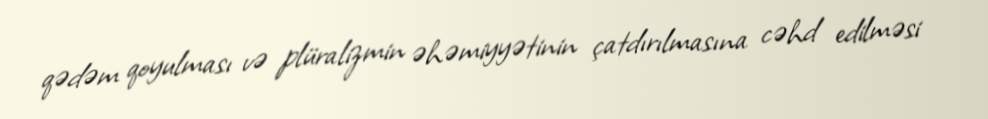
qədəm qoyulması və plüralizmin əhəmiyyətinin çatdırılmasına cəhd edilməsi